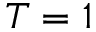
T = 1